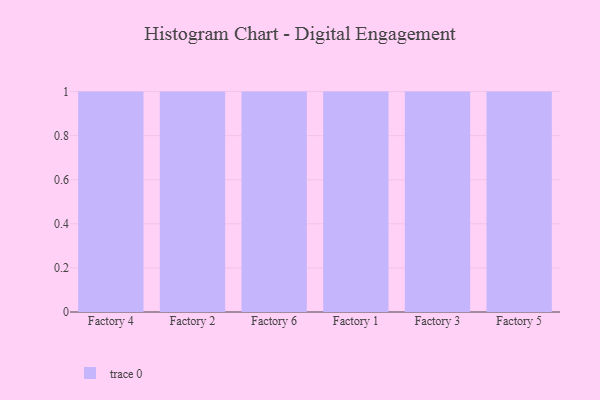
{"axis": {"x": "Factory", "y": "LTV (USD)"}, "legend": [""], "data": [{"x": "Factory 4", "y": 63, "type": ""}, {"x": "Factory 2", "y": 68, "type": ""}, {"x": "Factory 6", "y": 31, "type": ""}, {"x": "Factory 1", "y": 45, "type": ""}, {"x": "Factory 3", "y": 72, "type": ""}, {"x": "Factory 5", "y": 3, "type": ""}]}